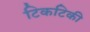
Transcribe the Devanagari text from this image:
टिकटिकी